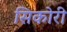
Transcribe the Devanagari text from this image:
सिकोरी